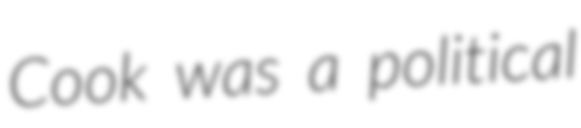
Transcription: Cook was a political